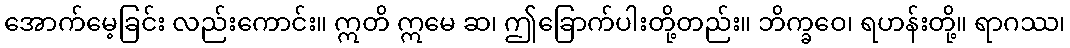
အောက်မေ့ခြင်း လည်းကောင်း။ ဣတိ ဣမေ ဆ၊ ဤခြောက်ပါးတို့တည်း။ ဘိက္ခဝေ၊ ရဟန်းတို့။ ရာဂဿ၊